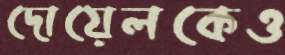
দোয়েলকেও